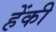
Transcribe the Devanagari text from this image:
हेंकी